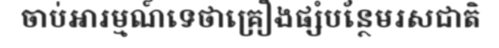
ចាប់អារម្មណ៍ទេថាគ្រឿងផ្សំបន្ថែមរសជាតិ